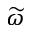
\widetilde { \omega }